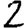
Digit: 2